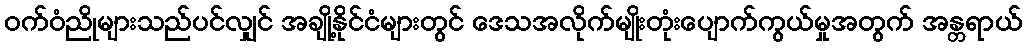
ဝက်ဝံညိုများသည်ပင်လျှင် အချို့နိုင်ငံများတွင် ဒေသအလိုက်မျိုးတုံးပျောက်ကွယ်မှုအတွက် အန္တရာယ်